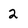
Character: 2